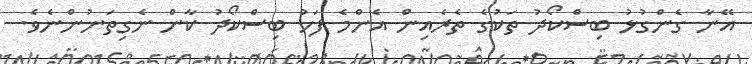
އޭނާ ގެންގުޅު ބިސްކޯދު ތަކުގެ ތެރެއިން އެންމެ ފަހު ބިސްކޯދު ކާން ނެގިތަނުންނެވެ.